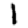
Digit: 1